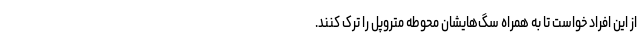
از این افراد خواست تا به همراه سگ‌هایشان محوطه متروپل را ترک کنند.